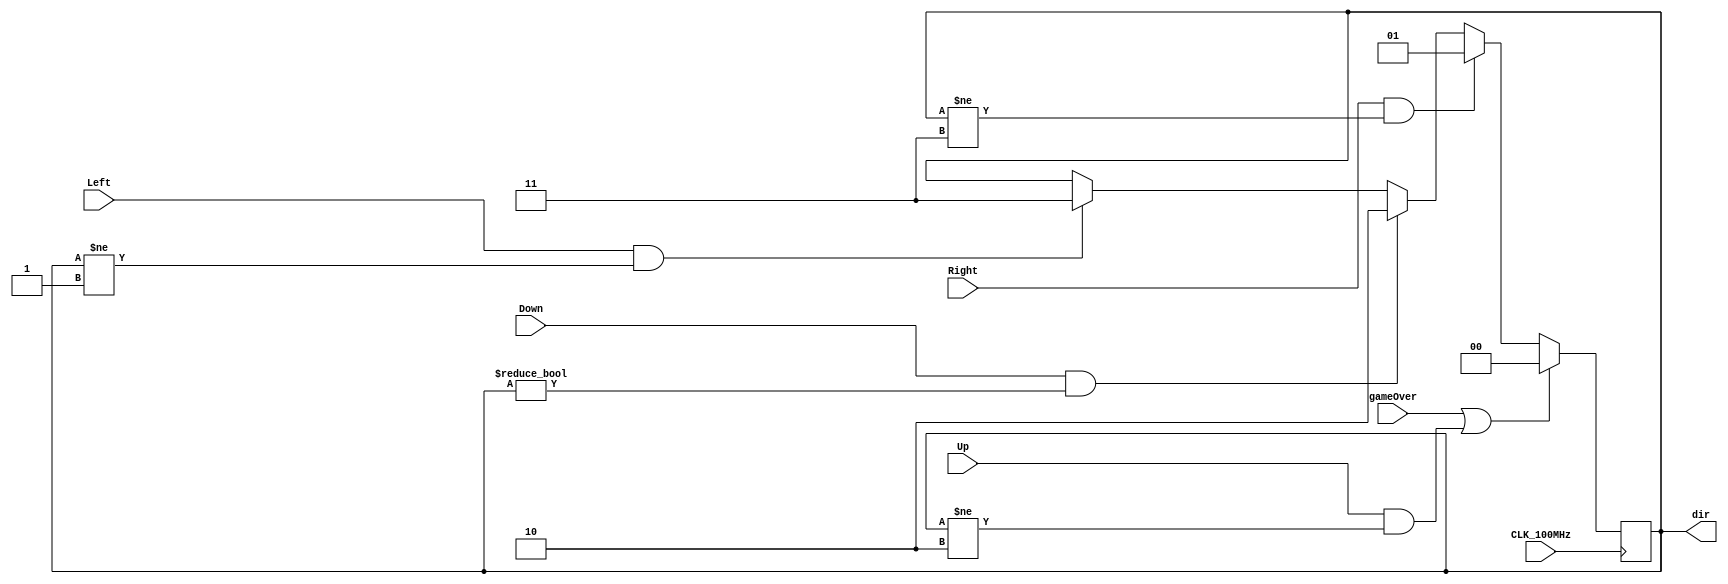
//Written by James Mock for the purpose of HDL digital design project 3
//handles the input from buttons up, right, down, and left to tell system which
//direction to travel in.
//prevents movement in direct opposite direction
module ButtonInput (CLK_100MHz,gameOver,Up,Right,Down,Left,dir);
	input CLK_100MHz, gameOver, Up, Right, Down, Left;
	output reg [1:0] dir;
	
    always@(posedge CLK_100MHz) 
	begin
        if(gameOver || (Up && (dir!=2'b10))) 
            dir <= 2'b00; //up
        else if(Right&&(dir!=2'b11)) 
            dir <= 2'b01; //right
        else if(Down&&(dir!=2'b00)) 
            dir <= 2'b10; //down
        else if(Left&&(dir!=2'b01))  
            dir <= 2'b11; //left
        else 
            dir <= dir; //keep last input
            //hopelly this stops the requirement of a debouncer
            //life's too short for spending time on debouncers
    end
endmodule